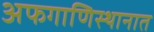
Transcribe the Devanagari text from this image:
अफगाणिस्थानात